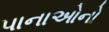
પાનાઓનો